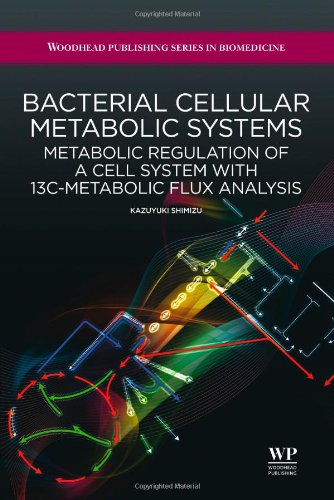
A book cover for Bacterial Cellular Metabolic Systems: Metabolic Regulation of a Cell System with 13C-Metabolic Flux Analysis (Woodhead Publishing Series in Biomedicine); K. Shimizu; Business & Money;